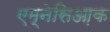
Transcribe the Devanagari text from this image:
एम्नेसिआ़क